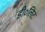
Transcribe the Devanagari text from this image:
डी०लिट